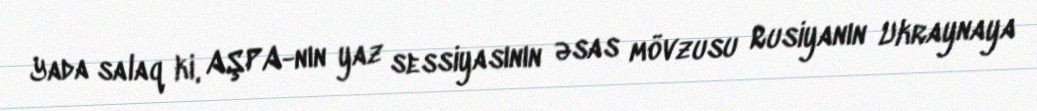
Yada salaq ki, AŞPA-nın yaz sessiyasının əsas mövzusu Rusiyanın Ukraynaya